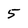
Character: 5